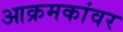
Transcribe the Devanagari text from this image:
आक्रमकांवर